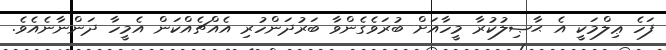
ފަހެ ޢިލްމަކީ އެ ޙާޞިލުކުރާ މީހާއަށް ބުރަވެގެންވާ ބަރުދަންހުރި އެއްޗެއްކަން އެމީހާ ދަންނާނެއެވެ.